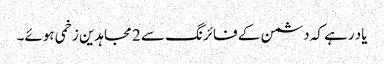
یاد رہے کہ دشمن کے فائرنگ سے 2 مجاہدین زخمی ہوئے۔